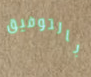
بالتوفيق